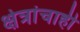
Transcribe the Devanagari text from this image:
क्षेत्रांचाही